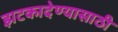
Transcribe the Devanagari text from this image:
झटकादेण्यासाठी